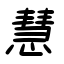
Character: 慧